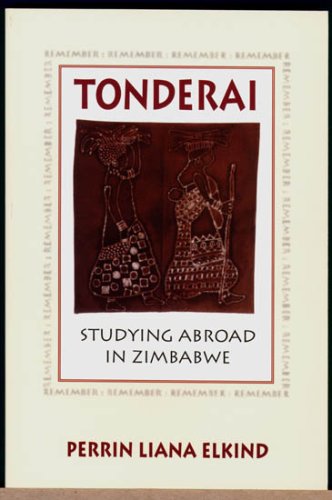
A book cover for Tonderai: Studying Abroad in Zimbabwe; Perrin Liana Elkind; Travel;